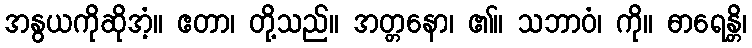
အနွယကိုဆိုအံ့။ ဧတာ၊ တို့သည်။ အတ္တနော၊ ၏။ သဘာဝံ၊ ကို။ ဓာရေန္တိ၊